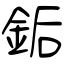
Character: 銗